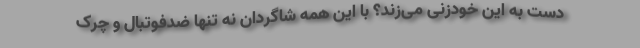
دست به این خودزنی می‌زند؟ با این همه شاگردان نه تنها ضدفوتبال و چرک